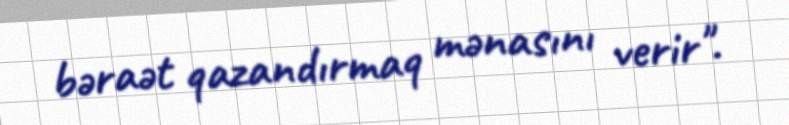
bəraət qazandırmaq mənasını verir".